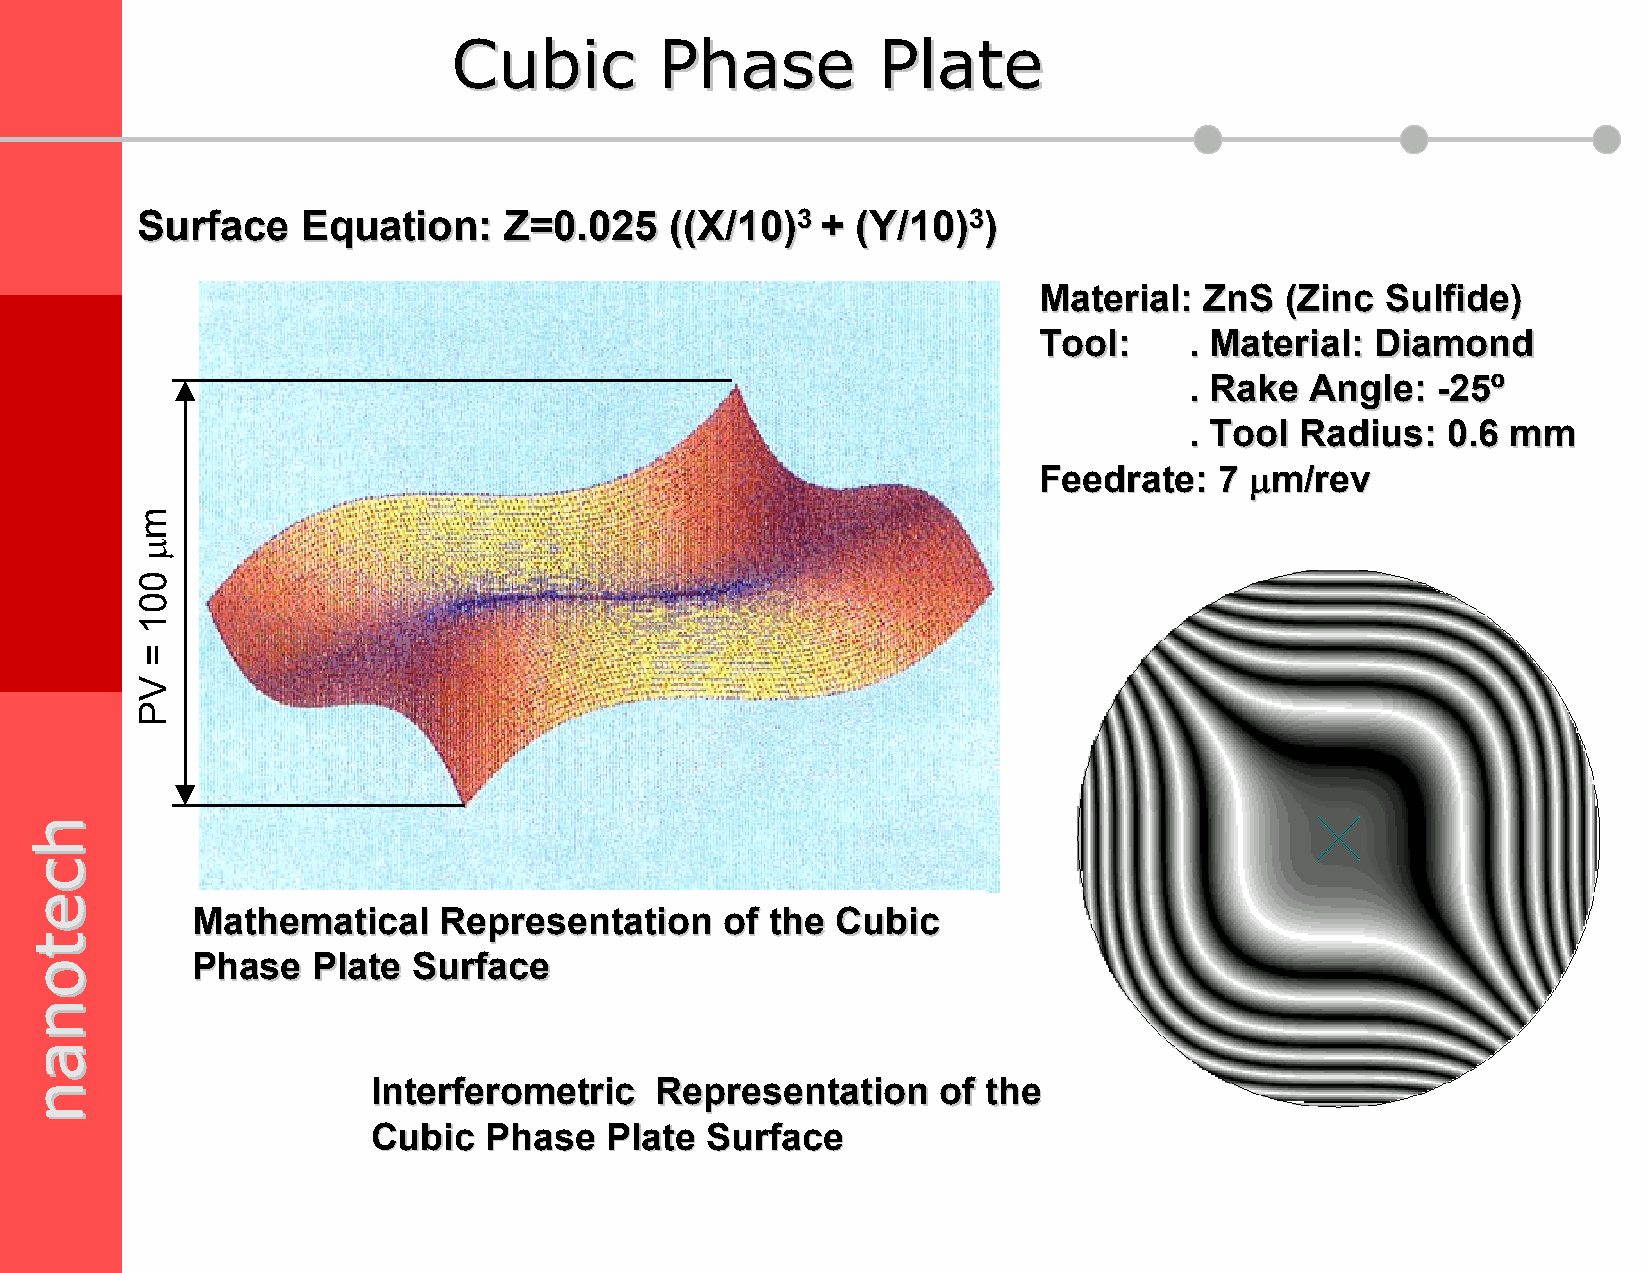
CCuubbiicc    PPhhaassee    PPllaattee
 SSuurrffaaccee EEqquuaattiioonn:: ZZ==00..002255 ((((XX//1100))33 ++ ((YY//1100))33))
 MMaatteerriiaall:: ZZnnSS ((ZZiinncc SSuullffiiddee))
 TTooooll:: .. MMaatteerriiaall:: DDiiaammoonndd
 .. RRaakkee AAnnggllee:: --2255ºº
 .. TTooooll RRaaddiiuuss:: 00..66 mmmm
 FFeeeeddrraattee:: 77 µµmm//rreevv
 MMaatthheemmaattiiccaall RReepprreesseennttaattiioonn ooff tthhee CCuubbiicc
 PPhhaassee PPllaattee SSuurrffaaccee
 IInntteerrffeerroommeettrriicc RReepprreesseennttaattiioonn ooff tthhee
 CCuubbiicc PPhhaassee PPllaattee SSuurrffaaccee
 hhcceettoonnaann
 mµ
 001
 =
 VP